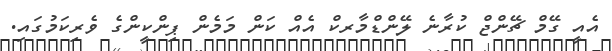
އެއީ ގޭމް ޗޭންޖް ކުރާނެ ލޭންޑްމާރކް އެއް ކަން މަމެން ޕިންކީންގެ ވެރިކަމުގައި.